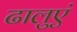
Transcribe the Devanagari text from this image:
ढालुएं